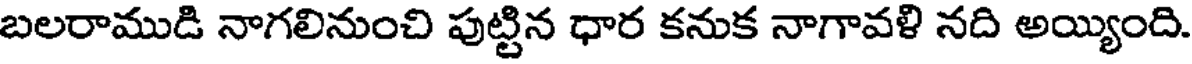
బలరాముడి నాగలినుంచి పుట్టిన ధార కనుక నాగావళి నది అయ్యింది.